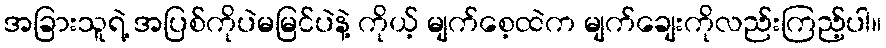
အခြားသူရဲ့ အပြစ်ကိုပဲမမြင်ပဲနဲ့ ကိုယ့် မျက်စေ့ထဲက မျက်ချေးကိုလည်းကြည့်ပါ။